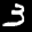
Label: 3